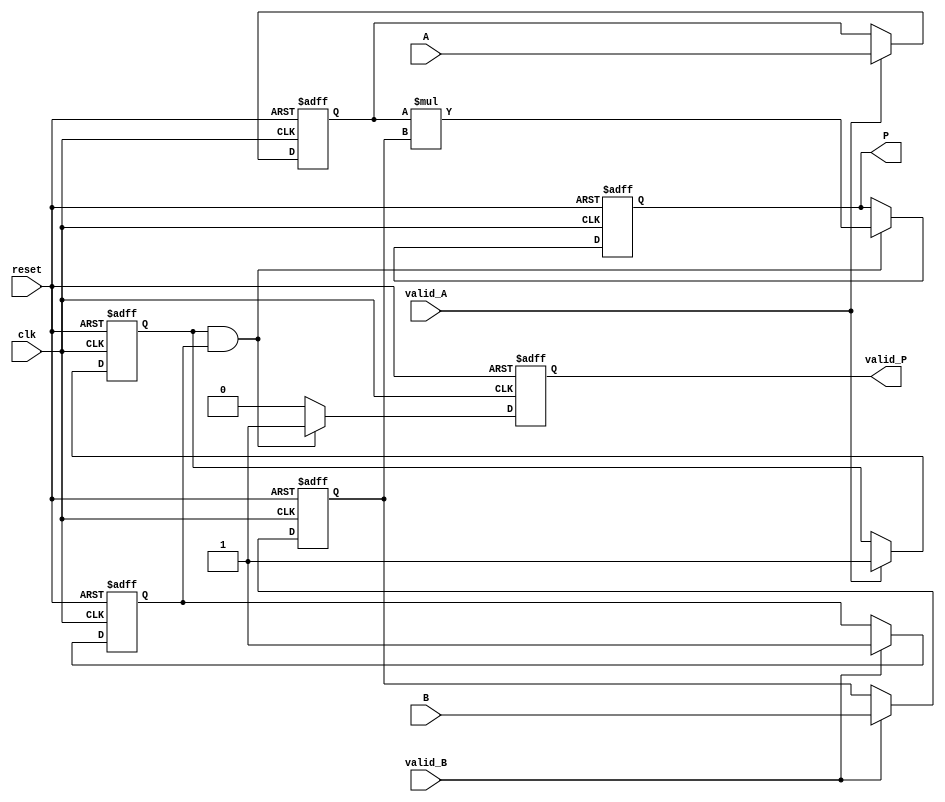
module streaming_multiplier #(
    parameter DATA_WIDTH = 16 // Width of the input data (fixed-point or floating-point)
)(
    input wire clk,
    input wire reset,
    input wire [DATA_WIDTH-1:0] A,
    input wire [DATA_WIDTH-1:0] B,
    input wire valid_A,
    input wire valid_B,
    output reg [2*DATA_WIDTH-1:0] P, // Output product width is double the input width
    output reg valid_P
);

    // Internal registers to hold the valid input data
    reg [DATA_WIDTH-1:0] A_reg;
    reg [DATA_WIDTH-1:0] B_reg;
    reg valid_A_reg;
    reg valid_B_reg;

    // State machine to manage valid signals
    always @(posedge clk or posedge reset) begin
        if (reset) begin
            // Reset internal states
            A_reg <= 0;
            B_reg <= 0;
            valid_A_reg <= 0;
            valid_B_reg <= 0;
            P <= 0;
            valid_P <= 0;
        end else begin
            // Capture valid inputs
            if (valid_A) begin
                A_reg <= A;
                valid_A_reg <= 1;
            end
            if (valid_B) begin
                B_reg <= B;
                valid_B_reg <= 1;
            end

            // Perform multiplication when both inputs are valid
            if (valid_A_reg && valid_B_reg) begin
                P <= A_reg * B_reg; // Multiply the captured values
                valid_P <= 1; // Set valid product signal
            end else begin
                valid_P <= 0; // Clear valid product signal if not both valid
            end
        end
    end

endmodule